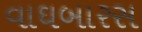
વાઘબારસ